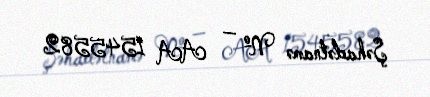
Şəhadətnamə № — AA 1545582